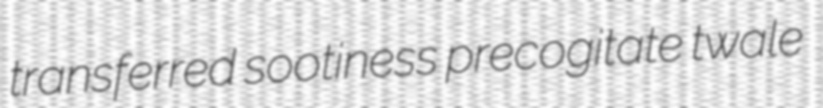
transferred sootiness precogitate twale